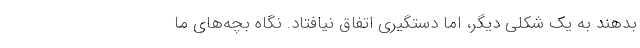
بدهند به یک شکلی دیگر، اما دستگیری اتفاق نیافتاد. نگاه بچه‌های ما